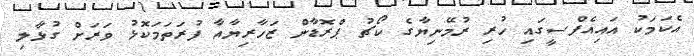
އެކަމަކު އައިއެފްސީގައި ހުރި ރުމޭނިޔާގެ ކޯޗު ޕްރޮޑާން ޒަހާރިޔާއާ ފުރަތަމަކޮޅު ވަރަށް ގުޅާލި